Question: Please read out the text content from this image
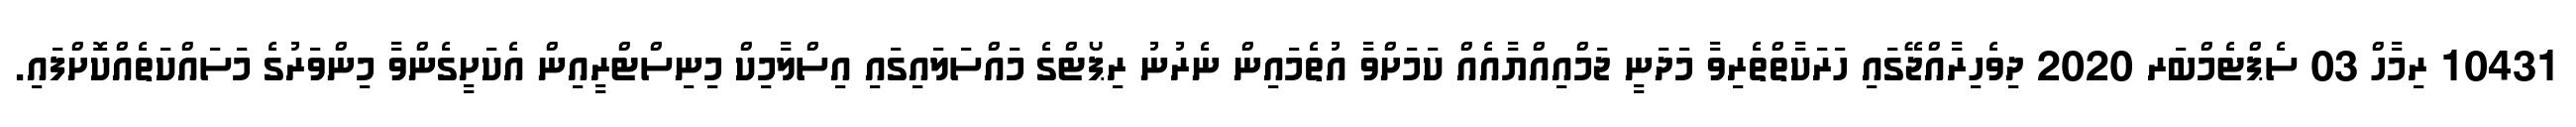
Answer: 10431 ރިމާހް 03 ސެޕްޓެމްބަރ 2020 ދިވެހިރާއްޖޭގައި ހަރަކާތްތެރިވާ މަދަނީ ޖަމްއިއްޔާއެއް ކަމަށްވާ އުތެމައިން ނެރުނު ރިޕޯޓްގެ މައްސަލައިގައި އިސްލާމިކް މިނިސްޓްރީއިން އެކަށީގެންވާ މިންވަރުގެ މަސައްކަތެއްކޮށްފައި.